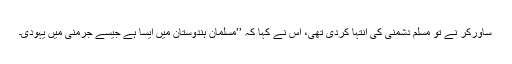
ساورکر نے تو مسلم دشمنی کی انتہا کردی تھی، اس نے کہا کہ ’’مسلمان ہندوستان میں ایسا ہے جیسے جرمنی میں یہودی۔